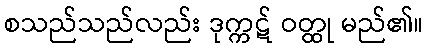
စသည်သည်လည်း ဒုက္ကဋ် ဝတ္ထု မည်၏။